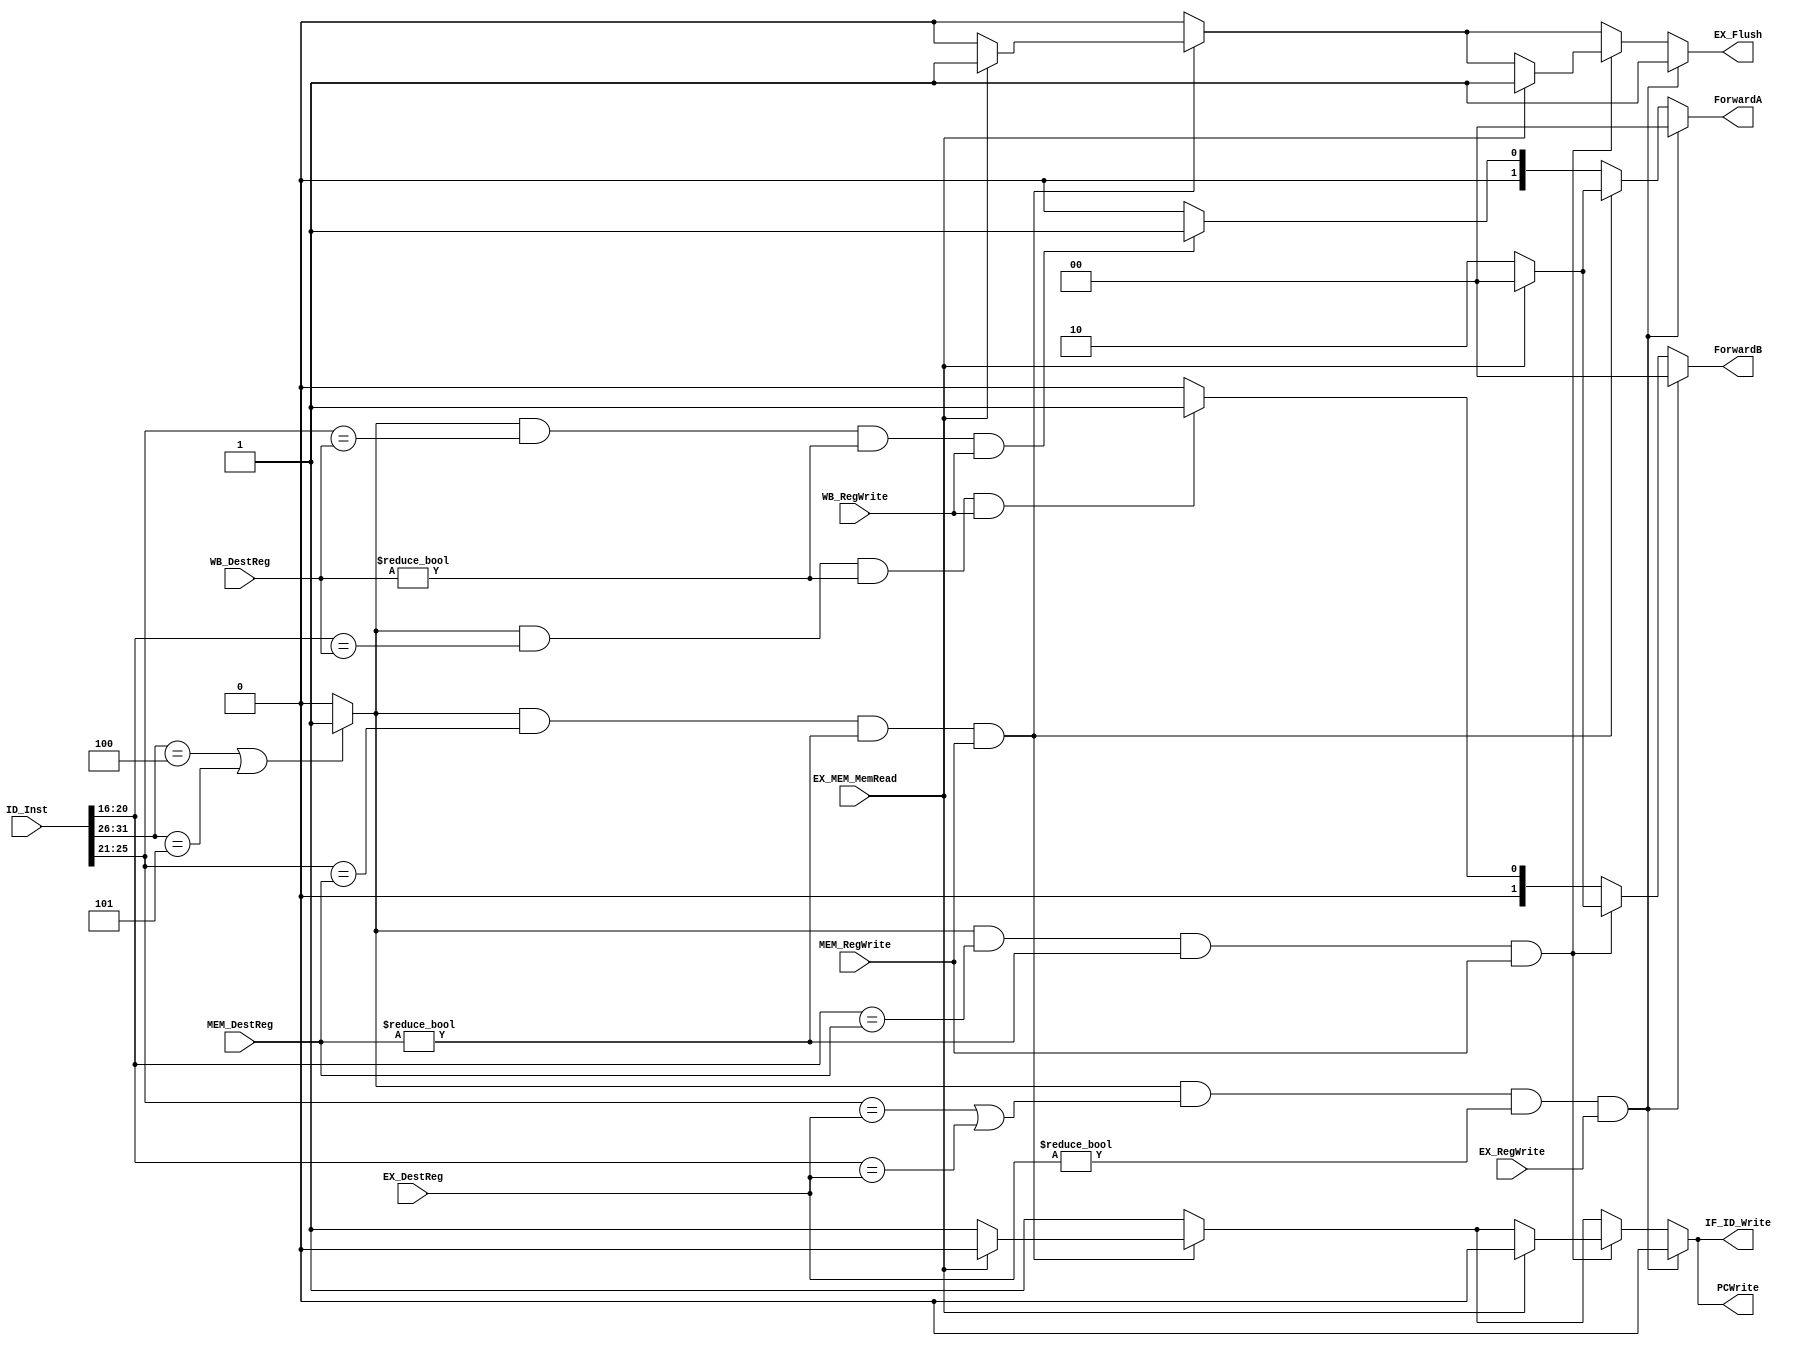
`timescale 1ns / 1ps
//////////////////////////////////////////////////////////////////////////////////
// Company: 
// Engineer: 
// 
// Design Name: 
// Module Name:    ForwardingUnit_ControlH 
// Project Name: 
// Target Devices: 
// Tool versions: 
// Description: 
//
// Dependencies: 
//
// Revision: 
// Revision 0.01 - File Created
// Additional Comments: 
//
//////////////////////////////////////////////////////////////////////////////////
module ForwardingUnit_ControlH(
ID_Inst,
EX_DestReg,
EX_RegWrite,
MEM_DestReg,
MEM_RegWrite,
WB_DestReg,
WB_RegWrite,
EX_MEM_MemRead,
ForwardA,
ForwardB,
PCWrite,
IF_ID_Write,
EX_Flush
    );

input [31:0] ID_Inst;
input [4:0] EX_DestReg, MEM_DestReg, WB_DestReg;
input WB_RegWrite, MEM_RegWrite, EX_RegWrite, EX_MEM_MemRead;

output [1:0] ForwardA, ForwardB;
output PCWrite, IF_ID_Write, EX_Flush; 
reg [1:0] ForwardA, ForwardB;
reg PCWrite, IF_ID_Write, EX_Flush;

wire Branch;
assign Branch = (ID_Inst[31:26] == 6'b000100 || ID_Inst[31:26] == 6'b000101)?(1'b1):(1'b0);

wire [4:0] Rs,Rt;
assign Rs = ID_Inst[25:21];
assign Rt = ID_Inst[20:16];

always @ (ID_Inst,EX_DestReg, MEM_DestReg, WB_DestReg, WB_RegWrite, MEM_RegWrite, EX_RegWrite, EX_MEM_MemRead)
	if(Branch && (Rs == EX_DestReg || Rt == EX_DestReg)&& EX_DestReg != 0 && EX_RegWrite)
	begin
		//stall
		ForwardA <= 2'b00;
		ForwardB <= 2'b00;
		PCWrite <= 0;
		IF_ID_Write <= 0;
		EX_Flush <= 1;
	end
	else
	begin
		PCWrite <= 1;
		IF_ID_Write <= 1;
		EX_Flush <= 0;
		//Forward A
		if(Branch && (Rs == MEM_DestReg)&& MEM_DestReg != 0 && MEM_RegWrite)
		begin
			ForwardA <= 2'b10;
			if(EX_MEM_MemRead)
			begin
				//stall
				PCWrite <= 0;
				IF_ID_Write <= 0;
				EX_Flush <= 1;
				ForwardA <= 2'b00;
			end
		end
		else if (Branch && (Rs == WB_DestReg)&& WB_DestReg != 0 && WB_RegWrite)
			ForwardA <= 2'b01;
		
		else
			ForwardA <= 2'b00;
		
		//Forward B
		if(Branch && (Rt == MEM_DestReg)&& MEM_DestReg != 0 && MEM_RegWrite)
		begin
			ForwardB <= 2'b10;
			if(EX_MEM_MemRead)
			begin
				//stall
				PCWrite <= 0;
				IF_ID_Write <= 0;
				EX_Flush <= 1;
				ForwardB <= 2'b00;
			end
		end
		
		else if (Branch && (Rt == WB_DestReg)&& WB_DestReg != 0 && WB_RegWrite)
			ForwardB <= 2'b01;
			
		else
			ForwardB <= 2'b00;
	end

endmodule